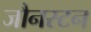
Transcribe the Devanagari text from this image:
जौनस्टन